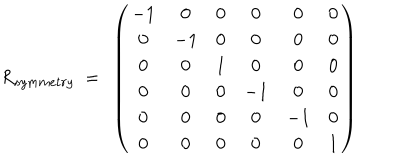
R _ { s y m m e t r y } ~ = ~ \left( \begin{matrix} { { - 1 } } & { { 0 } } & { { 0 } } & { { 0 } } & { { 0 } } & { { 0 } } \\ { { 0 } } & { { - 1 } } & { { 0 } } & { { 0 } } & { { 0 } } & { { 0 } } \\ { { 0 } } & { { 0 } } & { { 1 } } & { { 0 } } & { { 0 } } & { { 0 } } \\ { { 0 } } & { { 0 } } & { { 0 } } & { { - 1 } } & { { 0 } } & { { 0 } } \\ { { 0 } } & { { 0 } } & { { 0 } } & { { 0 } } & { { - 1 } } & { { 0 } } \\ { { 0 } } & { { 0 } } & { { 0 } } & { { 0 } } & { { 0 } } & { { 1 } } \\ \end{matrix} \right)